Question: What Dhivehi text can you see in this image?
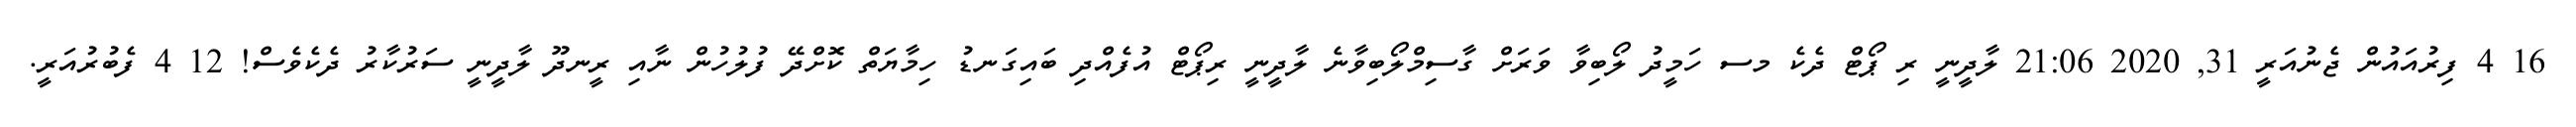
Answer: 16 4 ފިރުއައުން ޖެނުއަރީ 31, 2020 21:06 ލާދީނީ ރި ޕޯޓް ދެކެ މސ ހަމީދު ލޯބިވާ ވަރަށް ގާސިމްލޯބިވާނެ ލާދީނީ ރިޕޯޓް އުފެއްދި ބައިގަނޑު ހިމާޔަތް ކޮށްދޭ ފުލުހުން ނާއި ރީނދޫ ލާދީނީ ސަރުކާރު ދެކެވެސް! 12 4 ފެބުރުއަރީ.